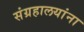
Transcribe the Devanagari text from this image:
संग्रहालयांना